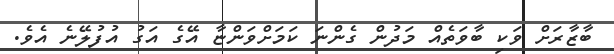
ބާޒާރަށް ވަކި ބާވަތެއް މަދުން ގެންނަ ކަަމަށްވަންޏާ އޭގެ އަގު އުފުލޭނެ އެވެ.